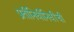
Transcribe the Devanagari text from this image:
प्रतीनिधीनिधींची